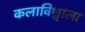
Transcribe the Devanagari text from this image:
कलाविश्वाला